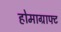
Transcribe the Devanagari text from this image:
होमाग्राफ्ट